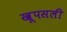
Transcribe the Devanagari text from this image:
खूपसली